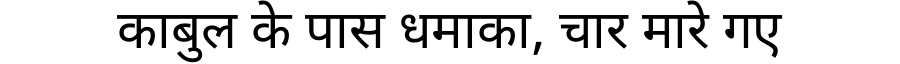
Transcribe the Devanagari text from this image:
काबुल के पास धमाका, चार मारे गए